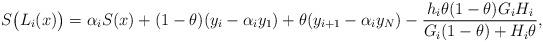
LaTeX: \begin{align*}S\big(L_i(x)\big) = \alpha_i S(x) + (1-\theta)(y_i-\alpha_i y_1)+\theta (y_{i+1}-\alpha_i y_N)-\dfrac{h_i \theta(1-\theta) G_iH_i}{G_i (1-\theta)+ H_i\theta},\end{align*}